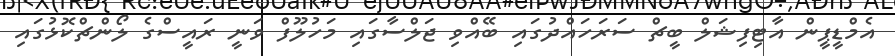
އެމްޑީޕީން އާޓިފިޝަލް ބީޗް ސަރަހައްދުގައި ބޭއްވި ޖަލްސާގައި މަހުލޫފް ވަނީ ރައީސްގެ ލޯންޗްކޮޅުގައި